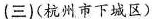
(三)(杭州市下城区)